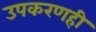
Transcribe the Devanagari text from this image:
उपकरणही